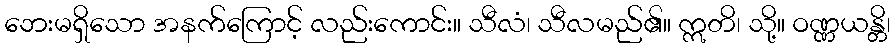
ဘေးမရှိသော အနက်ကြောင့် လည်းကောင်း။ သီလံ၊ သီလမည်၏။ ဣတိ၊ သို့။ ဝဏ္ဏယန္တိ၊